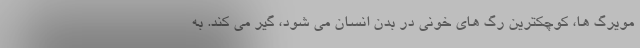
مویرگ ها، کوچکترین رگ های خونی در بدن انسان می شود، گیر می کند. به